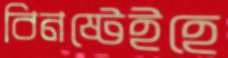
বিনষ্টেইহে